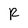
Character: R